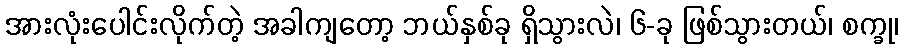
အားလုံးပေါင်းလိုက်တဲ့ အခါကျတော့ ဘယ်နှစ်ခု ရှိသွားလဲ၊ ၆-ခု ဖြစ်သွားတယ်၊ စက္ခု၊